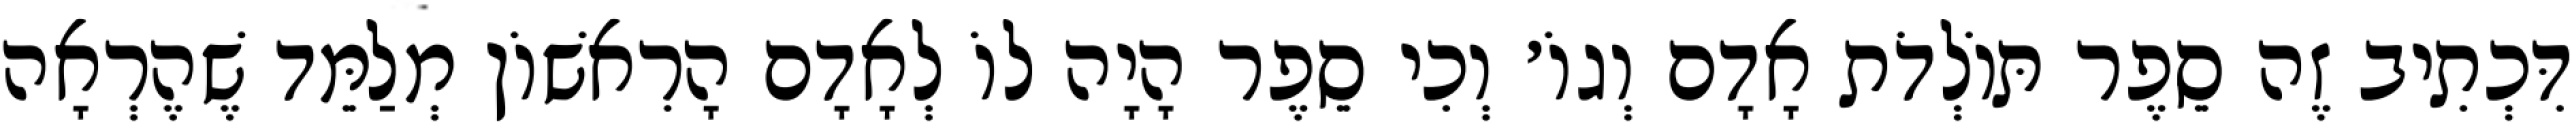
דִּכְתִיב זֶה סֵפֶר תּוֹלְדֹת אָדָם וְגוֹ׳ וְכִי סֵפֶר הָיָה לוֹ לְאָדָם הָרִאשׁוֹן מְלַמֵּד שֶׁהֶרְאָה